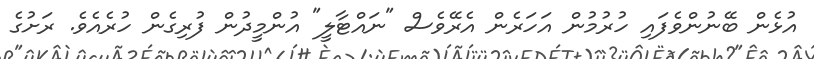
އުޅެން ބޭނުންވެފައި ހުރުމުން އަހަރެން އެރޭވެސް "ނައްޓާލީ" އުންމީދުން ފުރިގެން ހުރެއެވެ. ރަށުގެ